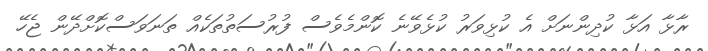
ރާޅާ އަޅާ ކުދިންނަށް އެ ކުޅިވަރު ކުޅެވޭނެ ކޮންމެވެސް ފުރުސަތުތަކެއް ތަނަވަސްކޮށްދޭން ޖެހޭ